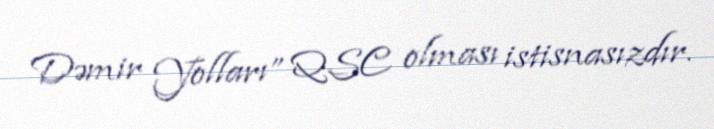
Dəmir Yolları” QSC olması istisnasızdır.